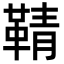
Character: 𮧞